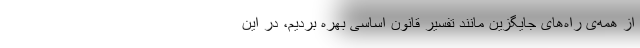
از همه‌ی راه‌های جایگزین مانند تفسیر قانون اساسی بهره بردیم، در این